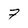
Character: 7